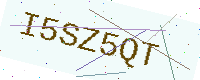
Text: I5SZ5QT